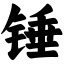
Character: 锤